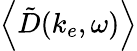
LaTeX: \left\langle\mathinner{\tilde{D}\mathopen{\left(k_{e},\omega\right)}}\right\rangle